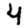
Digit: 4